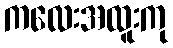
ကလေးအထူးကု